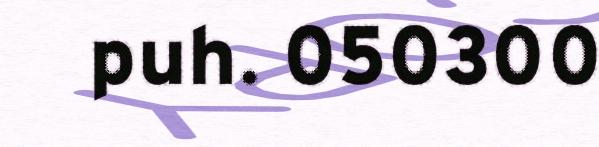
puh. 050300